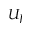
U _ { J }